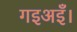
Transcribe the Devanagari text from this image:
गइअइँ।